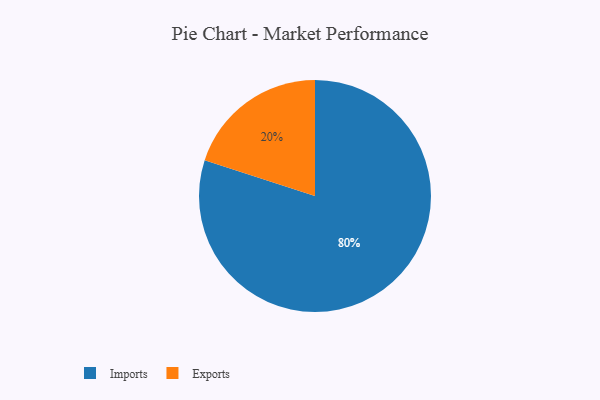
{"axis": {"x": "Category", "y": "Percentage"}, "legend": ["Exports", "Imports"], "data": [{"x": "Exports", "y": 20, "type": "Exports"}, {"x": "Imports", "y": 80, "type": "Imports"}]}